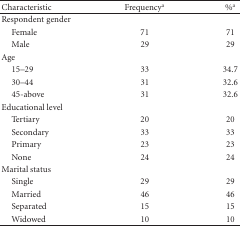
<table><thead><tr><td><b>Characteristic</b></td><td><b>Frequency<sup>a</sup></b></td><td><b>%<sup>a</sup></b></td></tr></thead><tbody><tr><td>Respondent gender</td><td></td><td></td></tr><tr><td> Female</td><td>71</td><td>71</td></tr><tr><td>Male</td><td>29</td><td>29</td></tr><tr><td>Age</td><td></td><td></td></tr><tr><td>15–29</td><td>33</td><td>34.7</td></tr><tr><td> 30–44</td><td>31</td><td>32.6</td></tr><tr><td>45-above</td><td>31</td><td>32.6</td></tr><tr><td>Educational level</td><td></td><td></td></tr><tr><td>Tertiary</td><td>20</td><td>20</td></tr><tr><td>Secondary</td><td>33</td><td>33</td></tr><tr><td>Primary</td><td>23</td><td>23</td></tr><tr><td>None</td><td>24</td><td>24</td></tr><tr><td>Marital status</td><td></td><td></td></tr><tr><td>Single</td><td>29</td><td>29</td></tr><tr><td>Married</td><td>46</td><td>46</td></tr><tr><td>Separated</td><td>15</td><td>15</td></tr><tr><td>Widowed</td><td>10</td><td>10</td></tr></tbody></table>